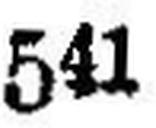
541